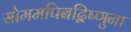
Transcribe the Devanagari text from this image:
सोममपिबद्विष्णुना